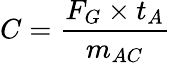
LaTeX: C=\frac{F_{G}\times t_{A}}{m_{AC}}